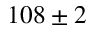
1 0 8 \pm 2